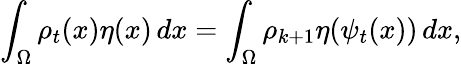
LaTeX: \int_{\Omega}\rho_{t}(x)\eta(x)\, dx=\int_{\Omega}\rho_{k+1}\eta(\psi_{t}(x))\, dx,